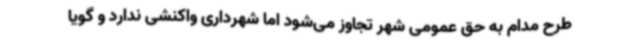
طرح مدام به حق عمومی شهر تجاوز می‌شود اما شهرداری واکنشی ندارد و گویا